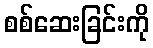
စစ်ဆေးခြင်းကို